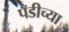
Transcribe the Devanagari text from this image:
पँडीच्या